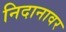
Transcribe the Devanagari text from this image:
निदानावर